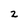
Character: 2